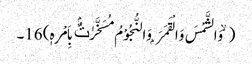
( ۙ وَالشَّمْسَ وَالْقَمَرَ ۭ وَالنُّجُوْمُ مُسَخَّرٰتٌۢ بِاَمْرِہٖ) 16۔